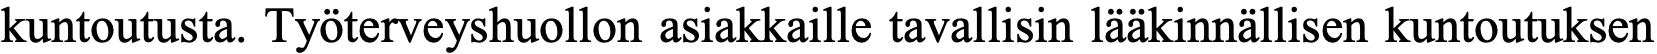
kuntoutusta. Työterveyshuollon asiakkaille tavallisin lääkinnällisen kuntoutuksen